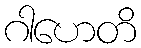
ဂါဟေတိ